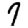
Digit: 7